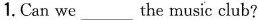
1. Can we ___ the music club?